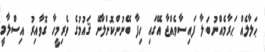
ޙަލާލެއް ޙަރާމެއްނުބަލާ ފައިސާވެއްޖާ އޭގައި ހިފާ ބޭނުންކޮށްލާށޭ ޤައުމުގެ ވެރިމީހާ ގޮވާއިރު އިސްލާމީ